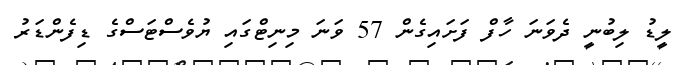
ލީޑު ލިބުނީ ދެވަނަ ހާފް ފަށައިގެން 57 ވަނަ މިނިޓްގައި ޔުވެސްޓަސްގެ ޑިފެންޑަރު